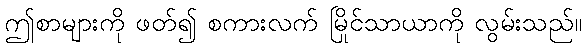
ဤစာများကို ဖတ်၍ စကားလက် မြိုင်သာယာကို လွမ်းသည်။